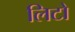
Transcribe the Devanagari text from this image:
लिटो